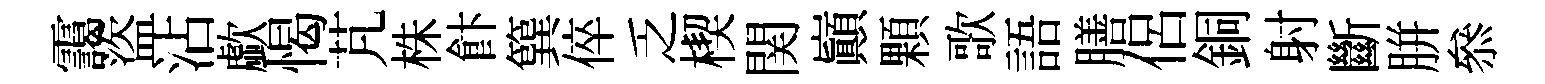
靄盜沾歔愒芃株飰簨倅乏楔関巔顆歌語膳侶銅射斷胼叅